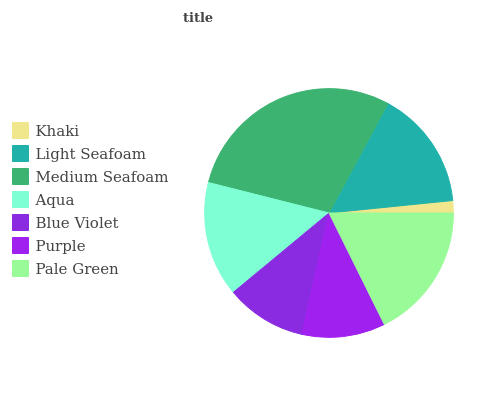
| Khaki | Light Seafoam | Medium Seafoam | Aqua | Blue Violet | Purple | Pale Green |
 | --- | --- | --- | --- | --- | --- | --- |
 | 1.59% | 15.5% | 29% | 14.9% | 10.5% | 10.8% | 17.7% |